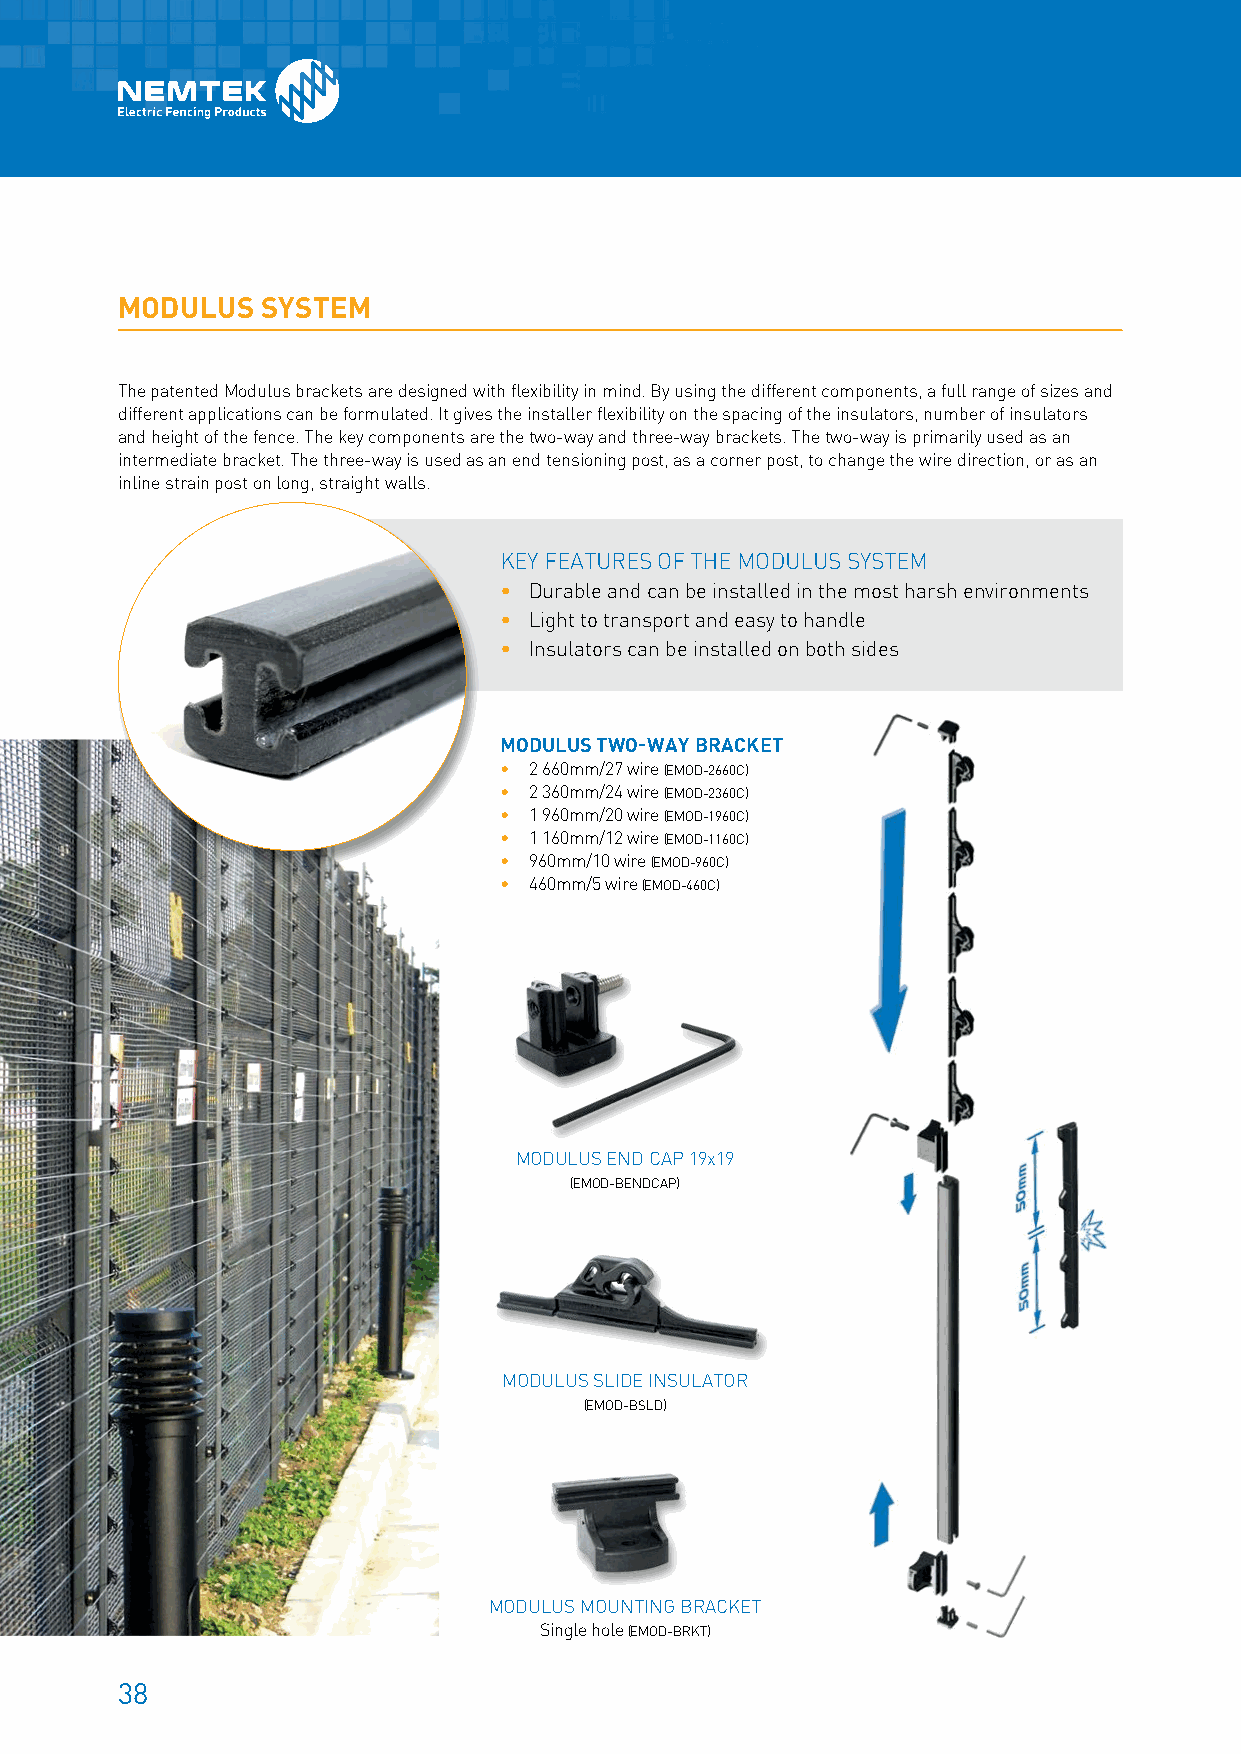
MODULUS  SYSTEM
 The patented Modulus brackets are designed with flexibility in mind. By using the different components, a full range of sizes and
 different applications can be formulated. It gives the installer flexibility on the spacing of the insulators, number of insulators
 and height of the fence. The key components are the two-way and three-way brackets. The two-way is primarily used as an
 intermediate bracket. The three-way is used as an end tensioning post, as a corner post, to change the wire direction, or as an
 inline strain post on long, straight walls.
 KEY FEATURES OF THE MODULUS SYSTEM
 • D urable and can be installed in the most harsh environments
 • Light to transport and easy to handle
 • Insulators can be installed on both sides
 MODULUS TWO-WAY BRACKET
 • 2 660mm/27 wire (EMOD-2660C)
 • 2 360mm/24 wire (EMOD-2360C)
 • 1 960mm/20 wire (EMOD-1960C)
 • 1 160mm/12 wire (EMOD-1160C)
 • 960mm/10 wire (EMOD-960C)
 • 460mm/5 wire (EMOD-460C)
 MODULUS END CAP 19x19
 (EMOD-BENDCAP)
 MODULUS SLIDE INSULATOR
 (EMOD-BSLD)
 MODULUS MOUNTING BRACKET
 Single hole (EMOD-BRKT)
 38